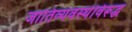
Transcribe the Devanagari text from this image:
जातिव्यवस्थेविरूद्ध